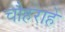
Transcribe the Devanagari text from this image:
चौहराहे